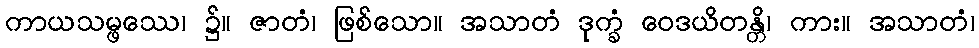
ကာယသမ္ဖဿေ၊ ၌။ ဇာတံ၊ ဖြစ်သော။ အသာတံ ဒုက္ခံ ဝေဒယိတန္တိ၊ ကား။ အသာတံ၊